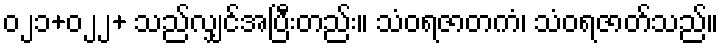
၀၂၁+၀၂၂+ သည်လျှင်အပြီးတည်း။ သံဝရဇာတကံ၊ သံဝရဇာတ်သည်။